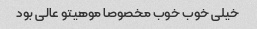
خیلی خوب خوب مخصوصا موهیتو عالی بود